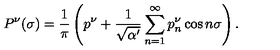
P ^ { \nu } ( \sigma ) = \frac { 1 } { \pi } \left( p ^ { \nu } + \frac { 1 } { \sqrt { \alpha ^ { \prime } } } \sum _ { n = 1 } ^ { \infty } p _ { n } ^ { \nu } \cos n \sigma \right) .